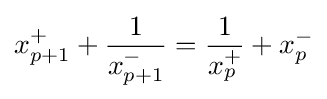
x_{p+1}^{+}+{\frac {1}{x_{p+1}^{-}}}={\frac {1}{x_{p}^{+}}}+x_{p}^{-}